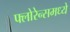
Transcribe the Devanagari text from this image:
फ्लोरेन्समध्ये